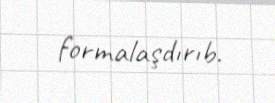
formalaşdırıb.